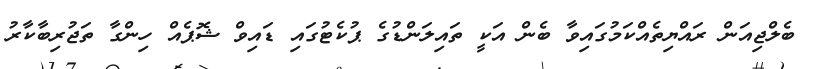
ބެލްޖިއަން ރައްޔިތެއްކަމުގައިވާ ބެން އަކީ ތައިލަންޑުގެ ޕުކެޓުގައި ޑައިވް ޝޮޕެއް ހިންގާ ތަޖުރިބާކާރު